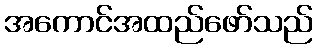
အကောင်အထည်ဖော်သည်